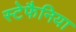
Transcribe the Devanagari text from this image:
स्टेफैनिया